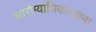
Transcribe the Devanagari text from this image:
आरोग्याधिकाऱ्यांना